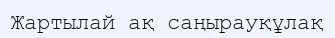
Жартылай ақ саңырауқұлақ